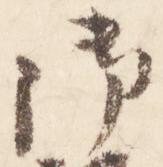
御